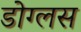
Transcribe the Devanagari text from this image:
डोग्लस